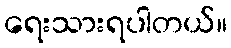
ရေးသားရပါတယ်။